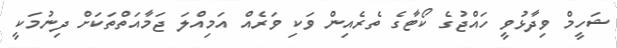
ޝަހީމް ވިދާޅުވީ ހައްޖުގެ ކޯޓާގެ ތެރެއިން ވަކި ވަރެެއް އަމިއްލަ ޖަމާއަތްތަކަށް ދިނުމަކީ